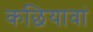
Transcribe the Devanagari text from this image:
कछियावां